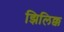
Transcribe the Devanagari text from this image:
झिलिक्क